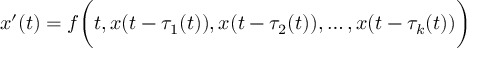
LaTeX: x ^ { \prime } ( t ) = f { \biggl ( } t , x ( t - \tau _ { 1 } ( t ) ) , x ( t - \tau _ { 2 } ( t ) ) , \ldots , x ( t - \tau _ { k } ( t ) ) { \biggr ) }